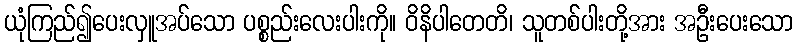
ယုံကြည်၍ပေးလှူအပ်သော ပစ္စည်းလေးပါးကို။ ဝိနိပါတေတိ၊ သူတစ်ပါးတို့အား အဦးပေးသော